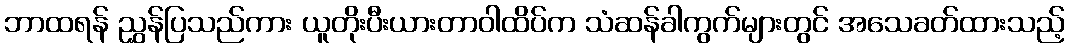
ဘာထရန် ညွှန်ပြသည်ကား ယူတိုးပီးယားတာဝါထိပ်က သံဆန်ခါကွက်များတွင် အသေခတ်ထားသည့်